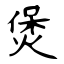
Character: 煲